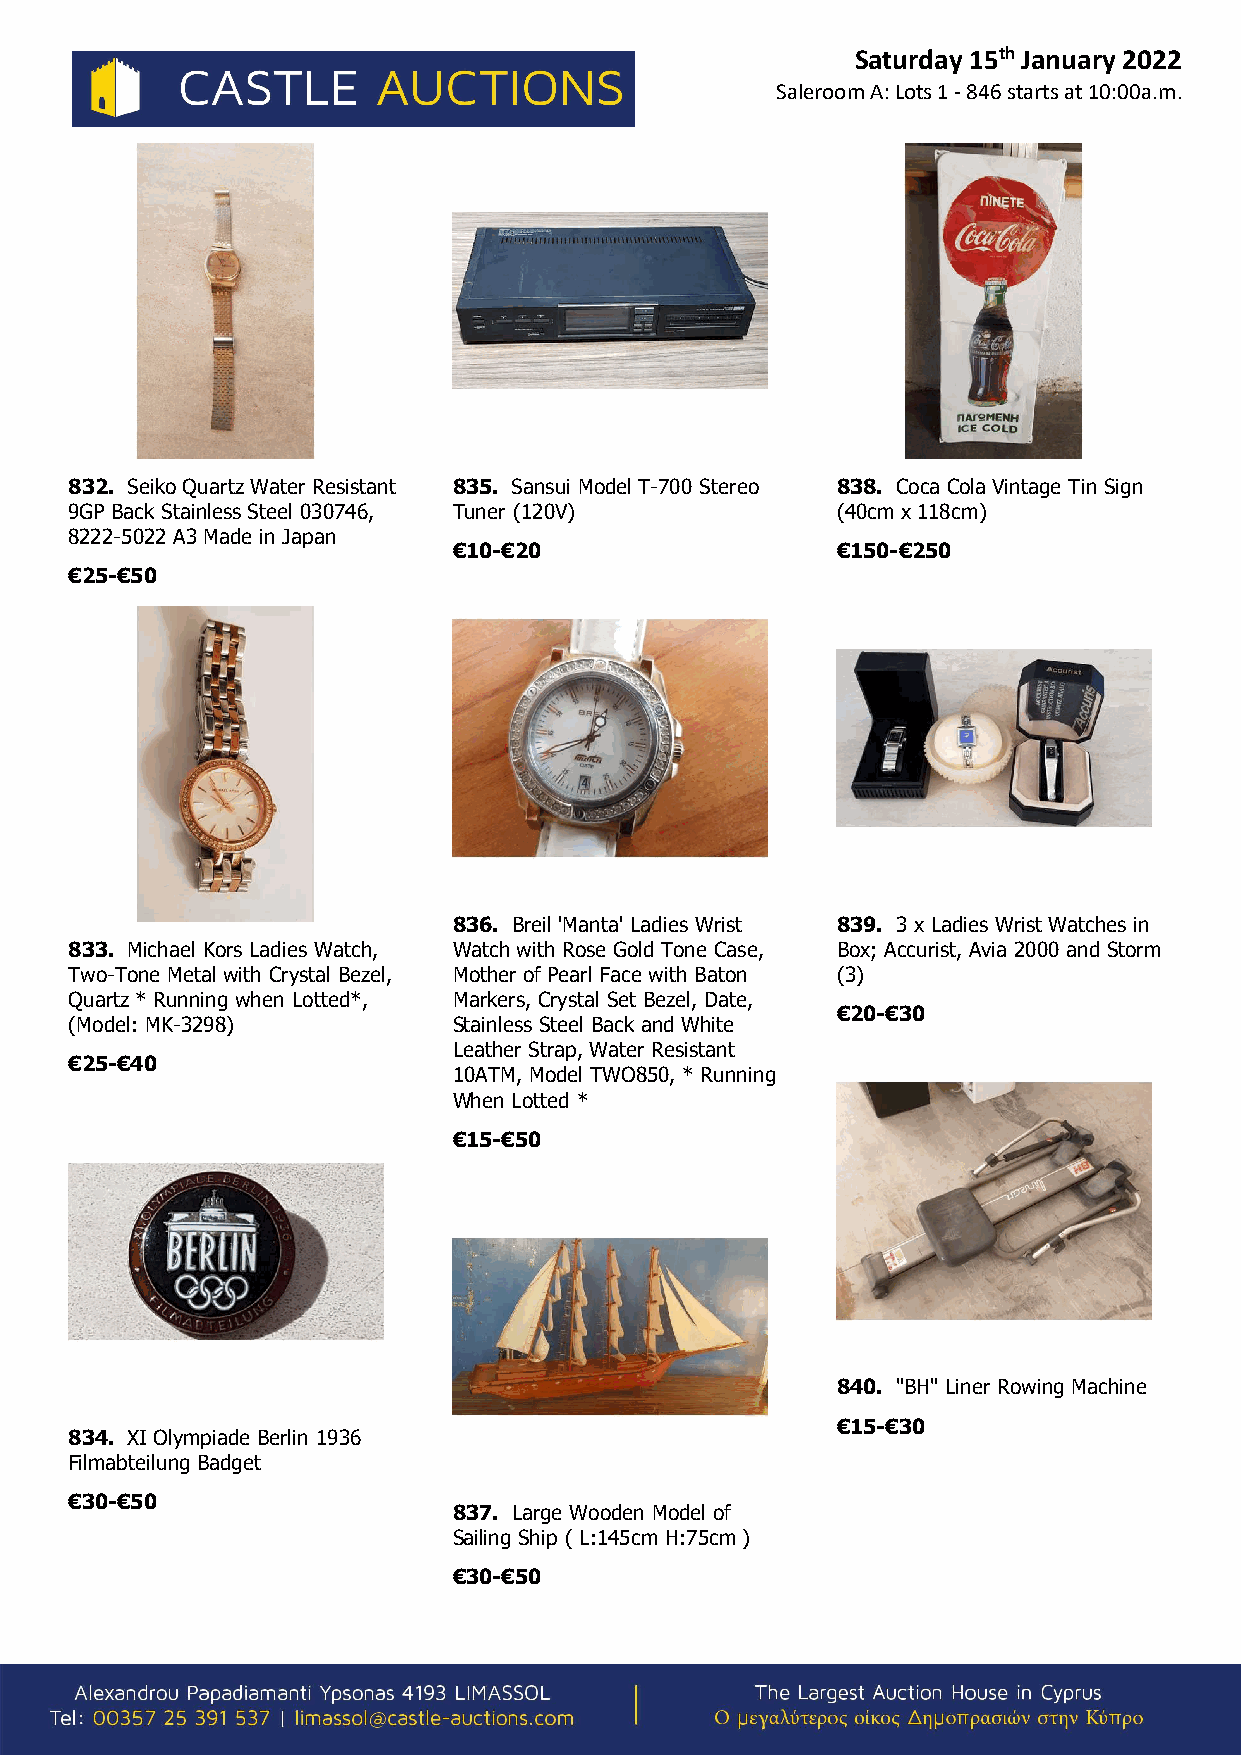
Saturday 15th January 2022
 Saleroom A: Lots 1 - 846 starts at 10:00a.m.
 832. Seiko Quartz Water Resistant 835. Sansui Model T-700 Stereo 838. Coca Cola Vintage Tin Sign
 9GP Back Stainless Steel 030746, Tuner (120V)     (40cm x 118cm)
 8222-5022 A3 Made in Japan
 €10-€20                  €150-€250
 €25-€50
 836. Breil 'Manta' Ladies Wrist 839. 3 x Ladies Wrist Watches in
 833. Michael Kors Ladies Watch, Watch with Rose Gold Tone Case, Box; Accurist, Avia 2000 and Storm
 Two-Tone Metal with Crystal Bezel, Mother of Pearl Face with Baton (3)
 Quartz * Running when Lotted*, Markers, Crystal Set Bezel, Date,
 €20-€30
 (Model: MK-3298)         Stainless Steel Back and White
 Leather Strap, Water Resistant
 €25-€40
 10ATM, Model TWO850, * Running
 When Lotted *
 €15-€50
 840. "BH" Liner Rowing Machine
 €15-€30
 834. XI Olympiade Berlin 1936
 Filmabteilung Badget
 €30-€50
 837. Large Wooden Model of
 Sailing Ship ( L:145cm H:75cm )
 €30-€50